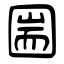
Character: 圌